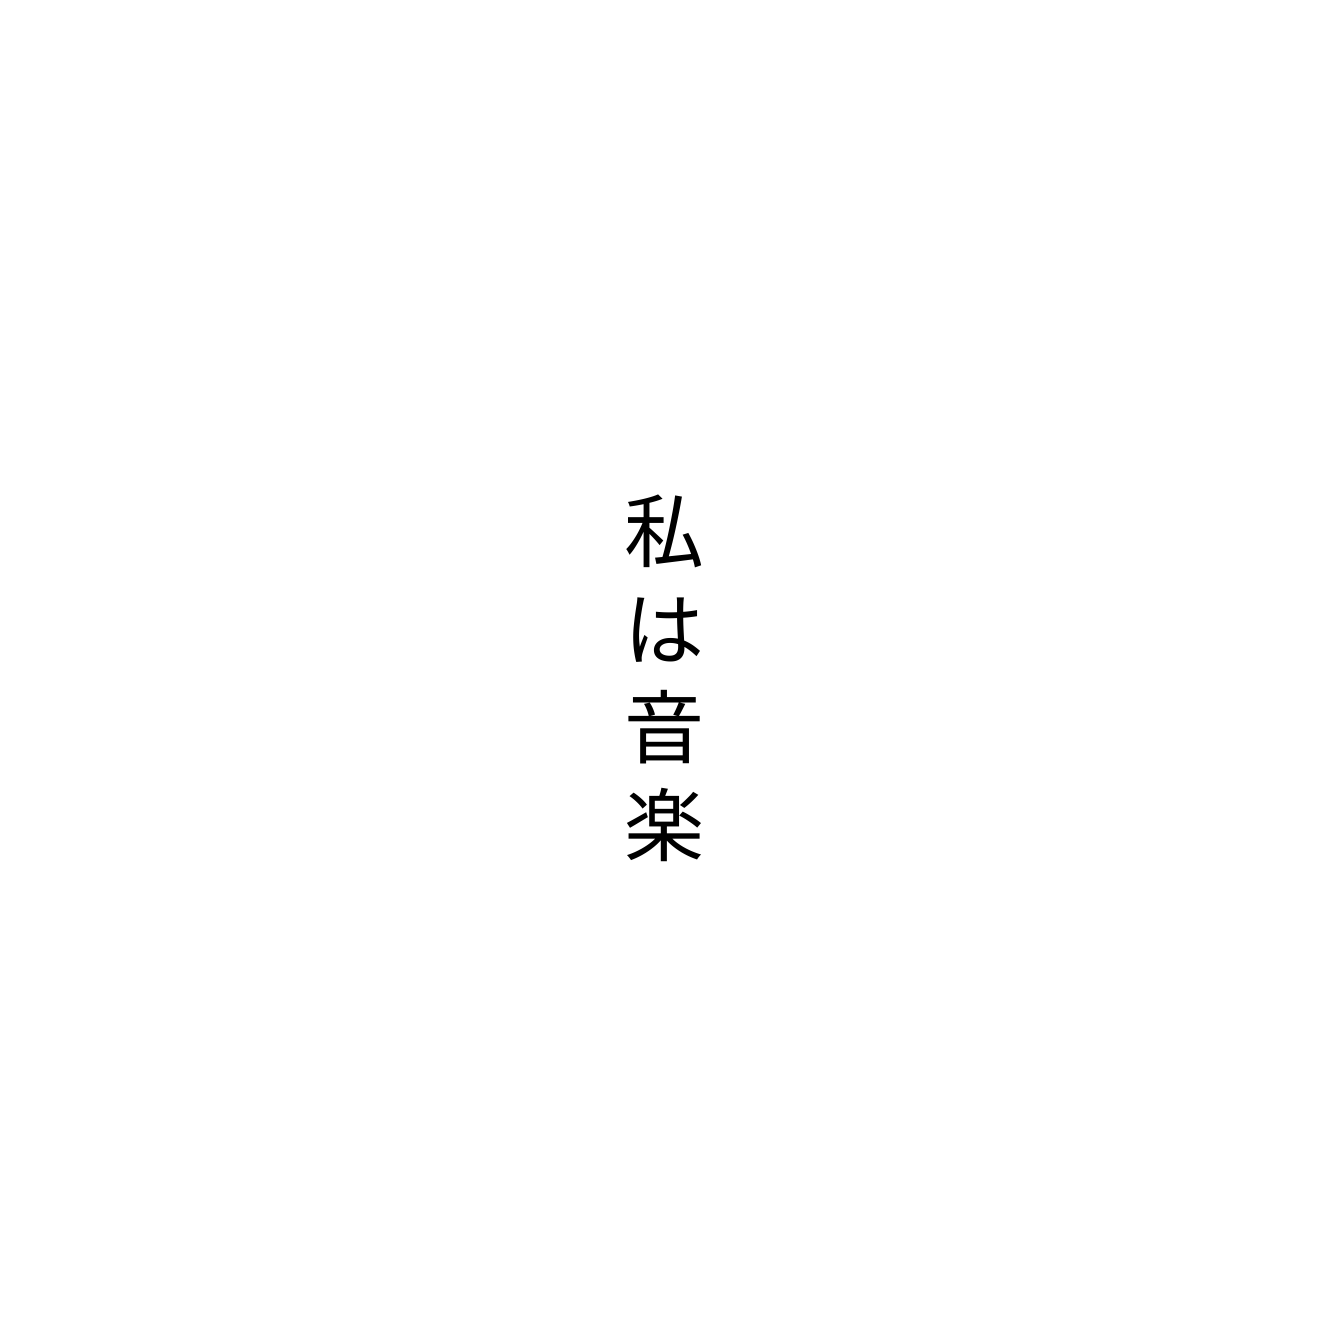
私は音楽